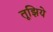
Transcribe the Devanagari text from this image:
तूझिये